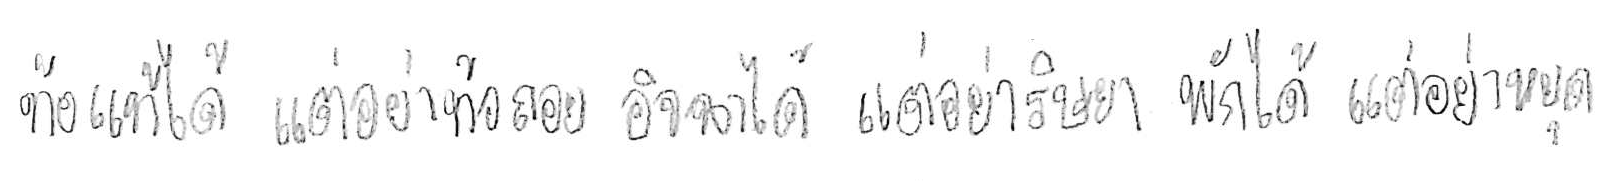
ท้อแท้ได้ แต่อย่าท้อถอย อิจฉาได้ แต่อย่าริษยา พักได้ แต่อย่าหยุด